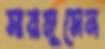
সারমুসেন